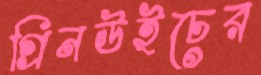
গ্রিনউইচের